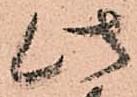
此